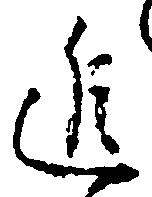
進